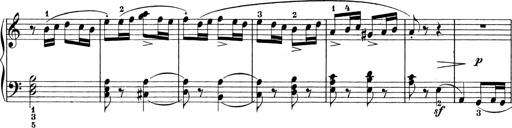
Title: Sonatinen Op.47, 98 und 136, nebst 6 Liedersonatinen
Composer: Carl Reinecke